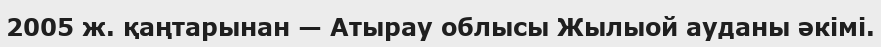
2005 ж. қаңтарынан — Атырау облысы Жылыой ауданы әкімі.